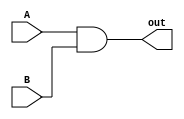
module AND(output reg out, input A, B);

always@(*) begin
    out = A & B;
end

endmodule